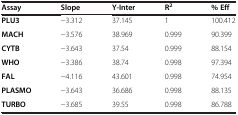
<table><thead><tr><td><b>Assay</b></td><td><b>Slope</b></td><td><b>Y-Inter</b></td><td><b>R<sup>2</sup></b></td><td><b>% Eff</b></td></tr></thead><tbody><tr><td><b>PLU3</b></td><td>−3.312</td><td>37.145</td><td>1</td><td>100.412</td></tr><tr><td><b>MACH</b></td><td>−3.576</td><td>38.969</td><td>0.999</td><td>90.399</td></tr><tr><td><b>CYTB</b></td><td>−3.643</td><td>37.54</td><td>0.999</td><td>88.154</td></tr><tr><td><b>WHO</b></td><td>−3.386</td><td>38.74</td><td>0.998</td><td>97.394</td></tr><tr><td><b>FAL</b></td><td>−4.116</td><td>43.601</td><td>0.998</td><td>74.954</td></tr><tr><td><b>PLASMO</b></td><td>−3.643</td><td>36.686</td><td>0.998</td><td>88.135</td></tr><tr><td><b>TURBO</b></td><td>−3.685</td><td>39.55</td><td>0.998</td><td>86.788</td></tr></tbody></table>